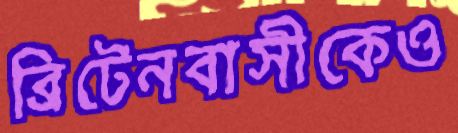
ব্রিটেনবাসীকেও